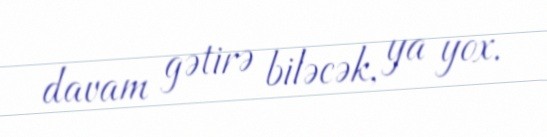
davam gətirə biləcək, ya yox.